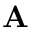
\mathbf { A }